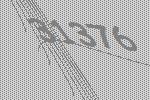
31376